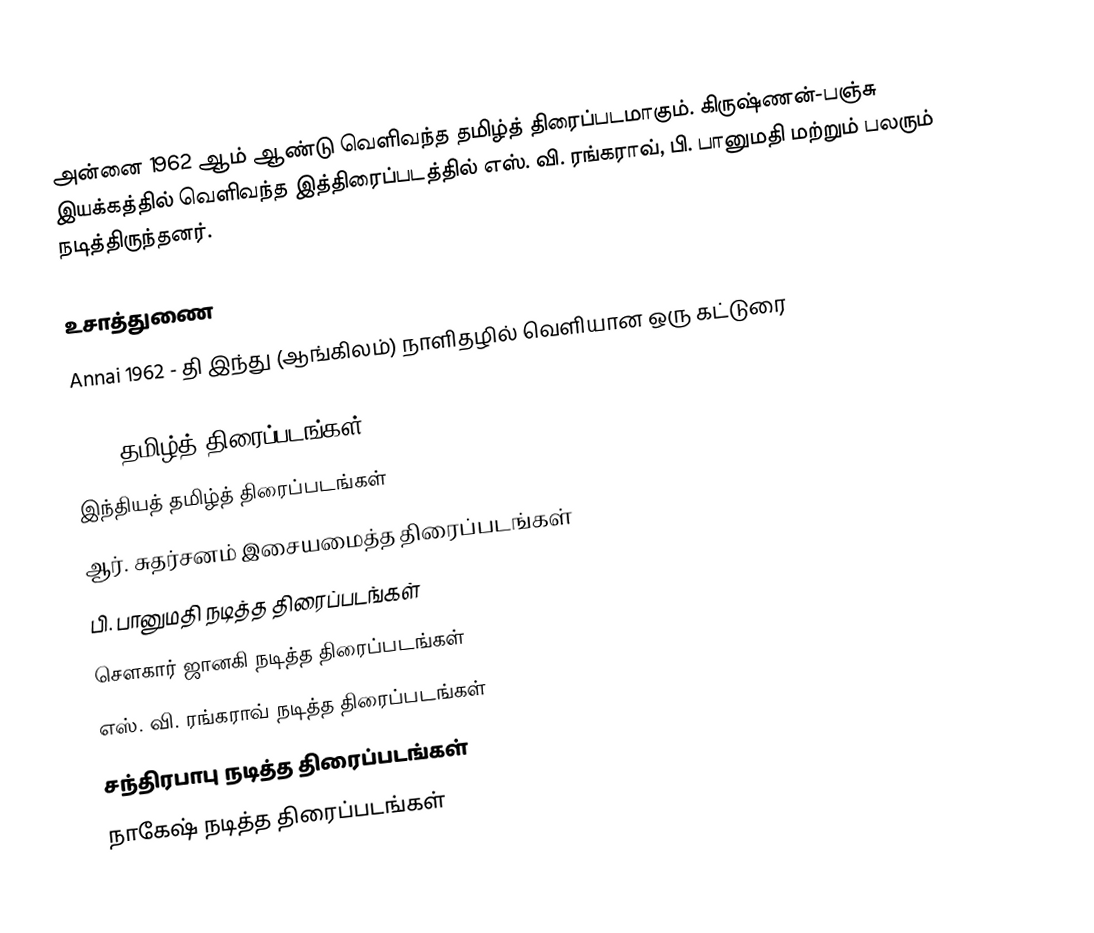
அன்னை 1962 ஆம் ஆண்டு வெளிவந்த தமிழ்த் திரைப்படமாகும். கிருஷ்ணன்-பஞ்சு இயக்கத்தில் வெளிவந்த இத்திரைப்படத்தில் எஸ். வி. ரங்கராவ், பி. பானுமதி மற்றும் பலரும் நடித்திருந்தனர்.

உசாத்துணை
 Annai 1962 - தி இந்து (ஆங்கிலம்) நாளிதழில் வெளியான ஒரு கட்டுரை

1962 தமிழ்த் திரைப்படங்கள்
இந்தியத் தமிழ்த் திரைப்படங்கள்
ஆர். சுதர்சனம் இசையமைத்த திரைப்படங்கள்
பி. பானுமதி நடித்த திரைப்படங்கள்
சௌகார் ஜானகி நடித்த திரைப்படங்கள்
எஸ். வி. ரங்கராவ் நடித்த திரைப்படங்கள்
சந்திரபாபு நடித்த திரைப்படங்கள்
நாகேஷ் நடித்த திரைப்படங்கள்